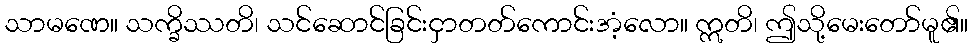
သာမဏေ။ သက္ခိဿတိ၊ သင်ဆောင်ခြင်းငှာတတ်ကောင်းအံ့လော။ ဣတိ၊ ဤသို့မေးတော်မူ၏။